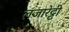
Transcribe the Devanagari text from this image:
लजारेट्टी